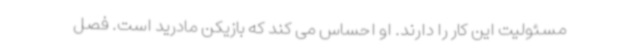
مسئولیت این کار را دارند. او احساس می کند که بازیکن مادرید است. فصل